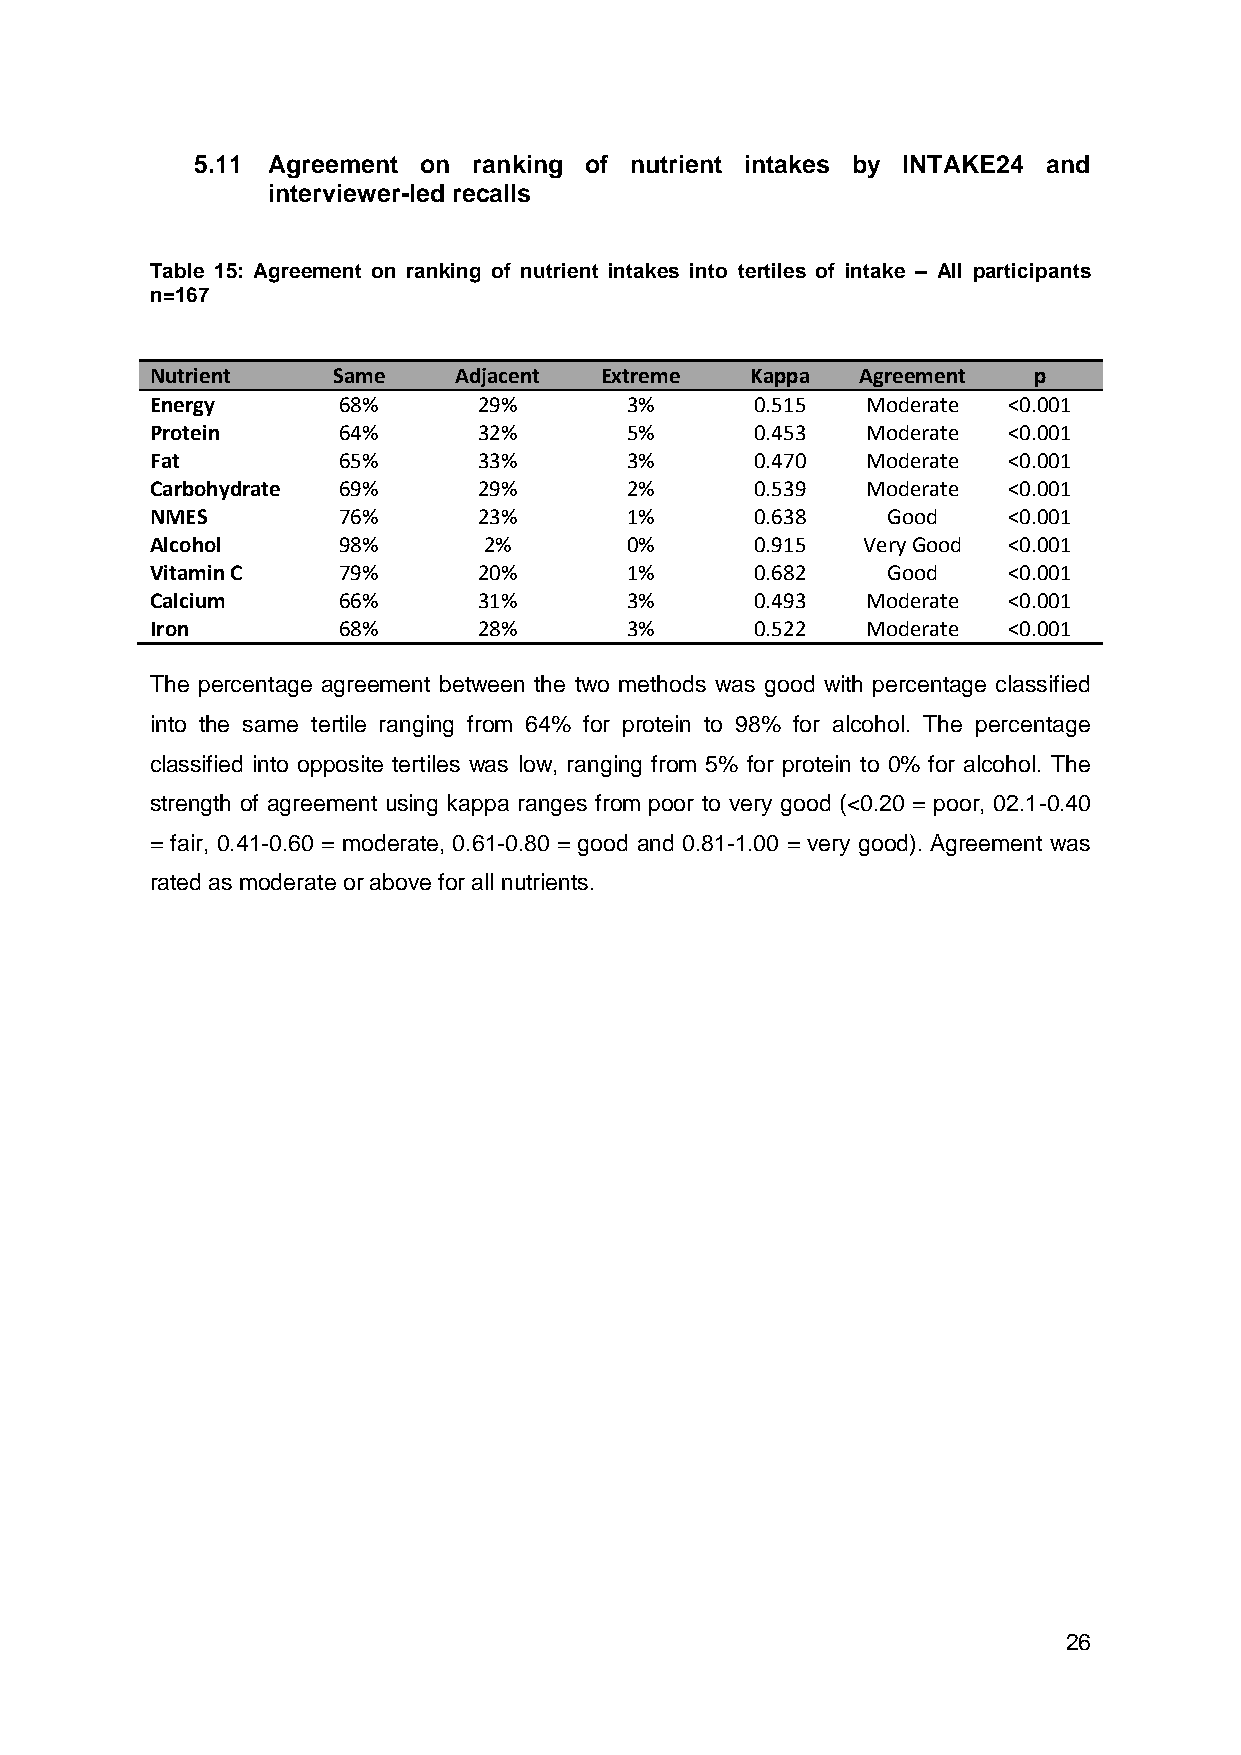
5.11 Agreement on ranking of nutrient intakes by INTAKE24 and
 interviewer-led recalls
 Table 15: Agreement on ranking of nutrient intakes into tertiles of intake – All participants
 n=167
 Nutrient    Same    Adjacent  Extreme   Kappa  Agreement  p
 Energy      68%       29%      3%       0.515  Moderate  <0.001
 Protein     64%       32%      5%       0.453  Moderate  <0.001
 Fat         65%       33%      3%       0.470  Moderate  <0.001
 Carbohydrate 69%      29%      2%       0.539  Moderate  <0.001
 NMES        76%       23%      1%       0.638    Good    <0.001
 Alcohol     98%       2%       0%       0.915  Very Good <0.001
 Vitamin C   79%       20%      1%       0.682    Good    <0.001
 Calcium     66%       31%      3%       0.493  Moderate  <0.001
 Iron        68%       28%      3%       0.522  Moderate  <0.001
 The percentage agreement between the two methods was good with percentage classified
 into the same tertile ranging from 64% for protein to 98% for alcohol. The percentage
 classified into opposite tertiles was low, ranging from 5% for protein to 0% for alcohol. The
 strength of agreement using kappa ranges from poor to very good (<0.20 = poor, 02.1-0.40
 = fair, 0.41-0.60 = moderate, 0.61-0.80 = good and 0.81-1.00 = very good). Agreement was
 rated as moderate or above for all nutrients.
 26